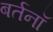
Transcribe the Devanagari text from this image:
बर्तनॉ